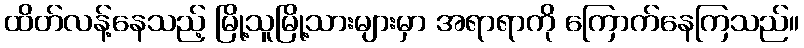
ထိတ်လန့်နေသည့် မြို့သူမြို့သားများမှာ အရာရာကို ကြောက်နေကြသည်။